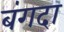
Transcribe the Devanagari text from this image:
बंगदा